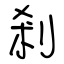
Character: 剎